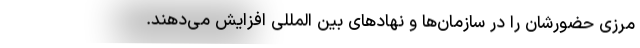
مرزی حضورشان را در سازمان‌ها و نهادهای بین المللی افزایش می‌دهند.